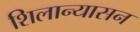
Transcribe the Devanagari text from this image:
शिलान्यासन